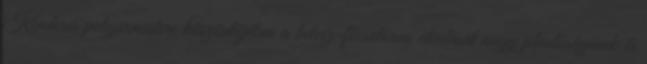
Kenderes polgármestere köszöntõjében a belvíz-fõcsatorna átadását nagy jelentõségûnek és